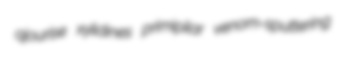
ajourise xylidines primipilar venom-sputtering